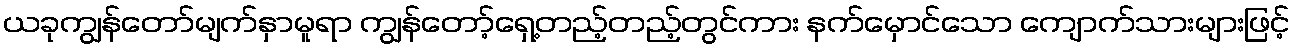
ယခုကျွန်တော်မျက်နှာမူရာ ကျွန်တော့်ရှေ့တည့်တည့်တွင်ကား နက်မှောင်သော ကျောက်သားများဖြင့်